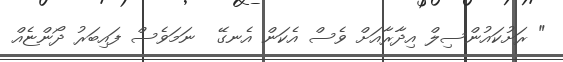
" ރަށުކައުންސިލް އިދާރާއަށް ވެސް އެކަން އެނގޭ  ނަމަވެސް ފައިބަރު ދޯންޏެއް